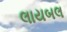
લાયબલ